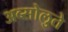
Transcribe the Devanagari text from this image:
अब्सोलुते